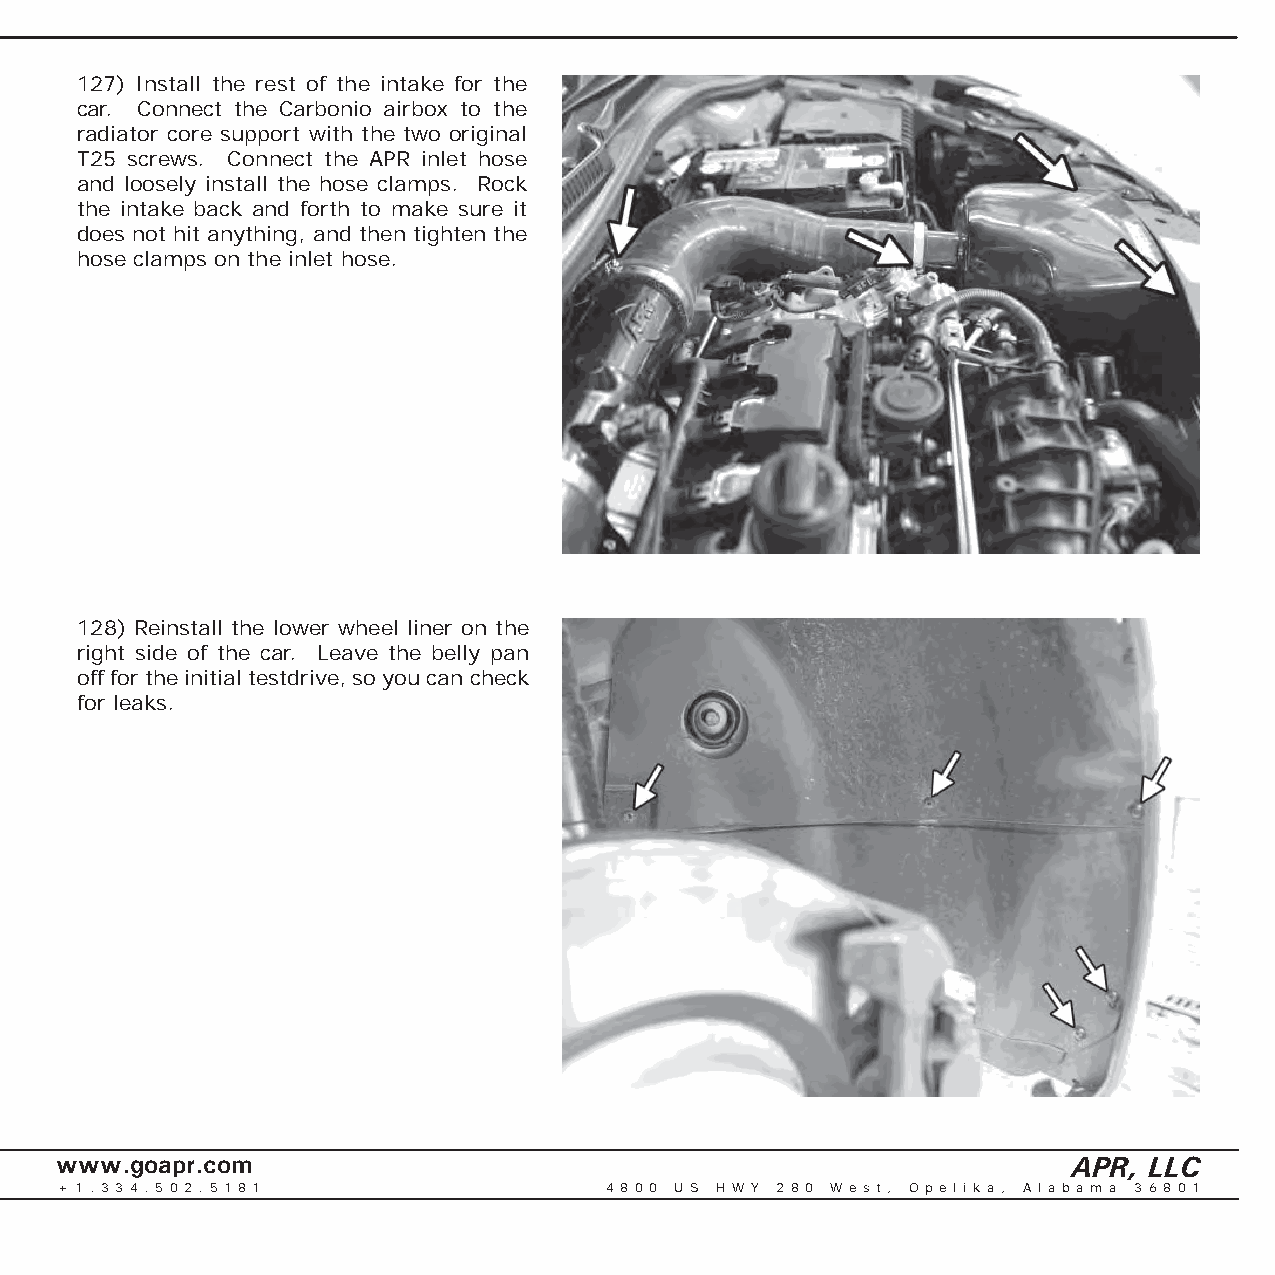
127) Install the rest of the intake for the
 car. Connect the Carbonio airbox to the
 radiator core support with the two original
 T25 screws. Connect the APR inlet hose
 and loosely install the hose clamps. Rock
 the intake back and forth to make sure it
 does not hit anything, and then tighten the
 hose clamps on the inlet hose.
 128) Reinstall the lower wheel liner on the
 right side of the car. Leave the belly pan
 off for the initial testdrive, so you can check
 for leaks.
 www.goapr.com                                                      APR, LLC
 + 1 . 3 3 4 . 5 0 2 . 5 1 8 1       4 8 0 0 U S H W Y 2 8 0 We s t , O p e l i k a , A l a b a m a 3 6 8 0 1